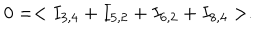
0 = < I _ { 3 , 4 } + I _ { 5 , 2 } + I _ { 6 , 2 } + I _ { 8 , 4 } > .